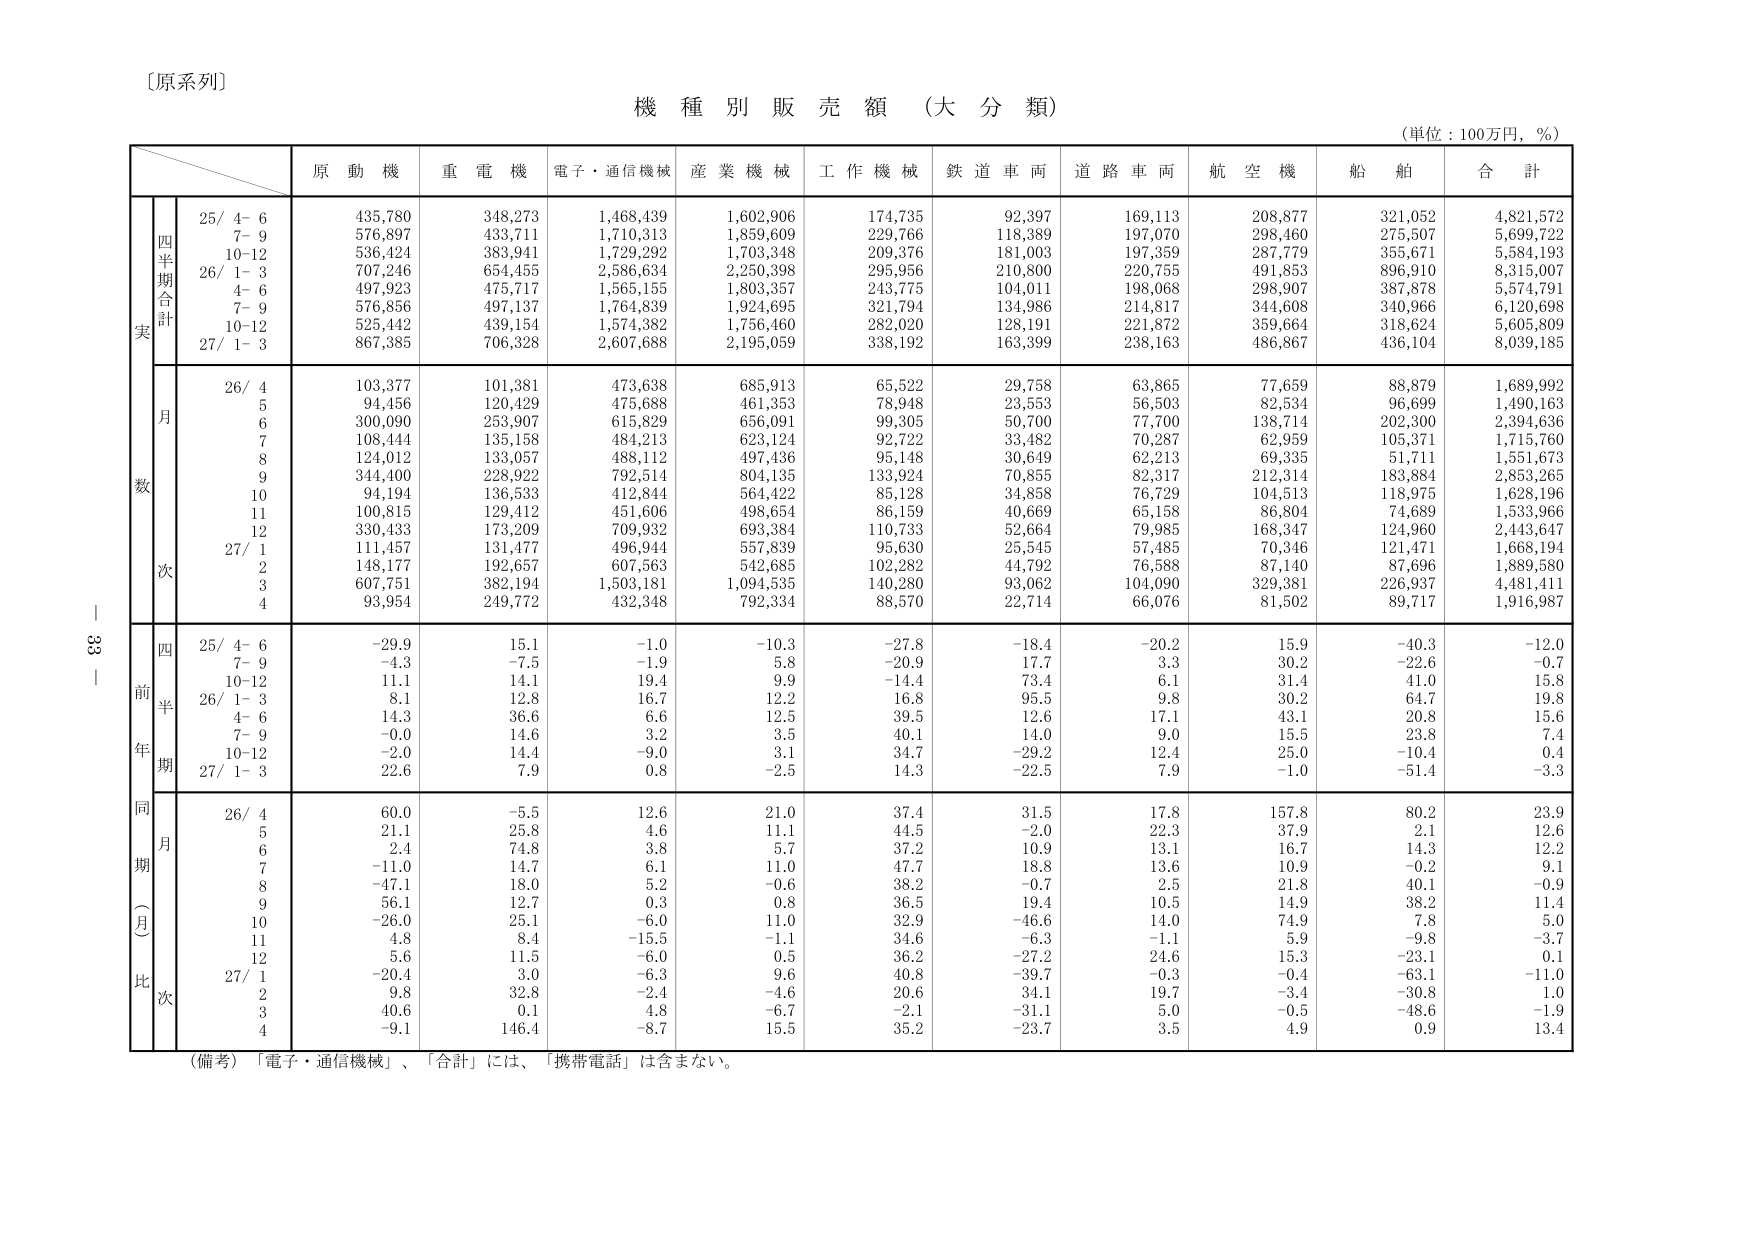
〔原系列〕

機 種 別 販 売 額 （大 分 類）

（単位：100万円，％）

　　　　　　　　　　原 動 機　　重 電 機　　電子・通信機械　　産 業 機 械　　工 作 機 械　　鉄 道 車 両　　道 路 車 両　　航 空 機　　船 舶　　合 計

　　　　　　　　　　25/ 4- 6　　435,780　　348,273　　1,468,439　　1,602,906　　174,735　　92,397　　169,113　　208,877　　321,052　　4,821,572
　　　　　　　　　　7- 9　　　　576,897　　433,711　　1,710,313　　1,859,609　　229,766　　118,389　　197,070　　298,460　　275,507　　5,699,722
　　　　　　　　　　10-12　　　　536,424　　383,941　　1,729,292　　1,703,348　　209,376　　181,003　　197,359　　287,779　　355,671　　5,584,193
　　　　　　　　　　26/ 1- 3　　707,246　　654,455　　2,586,634　　2,250,398　　295,956　　210,800　　220,755　　491,853　　896,910　　8,315,007
　　　　　　　　　　4- 6　　　　497,923　　475,717　　1,565,155　　1,803,357　　243,775　　104,011　　198,068　　298,907　　387,878　　5,574,791
　　　　　　　　　　7- 9　　　　576,856　　497,137　　1,764,839　　1,924,695　　321,794　　134,986　　214,817　　344,608　　340,966　　6,120,698
　　　　　　　　　　10-12　　　　525,442　　439,154　　1,574,382　　1,756,460　　282,020　　128,191　　221,872　　359,664　　318,624　　5,605,809
　　　　　　　　　　27/ 1- 3　　867,385　　706,328　　2,607,688　　2,195,059　　338,192　　163,399　　238,163　　486,867　　436,104　　8,039,185

　　　　　　　　　　26/ 4　　　　103,377　　101,381　　473,638　　685,913　　65,522　　29,758　　63,865　　77,659　　88,879　　1,689,992
　　　　　　　　　　5　　　　　　94,456　　120,429　　475,688　　461,353　　78,948　　23,553　　56,503　　82,534　　96,699　　1,490,163
　　　　　　　　　　6　　　　　　300,090　　253,907　　615,829　　656,091　　99,305　　50,700　　77,700　　138,714　　202,300　　2,394,636
　　　　　　　　　　7　　　　　　108,444　　135,158　　484,213　　623,124　　92,722　　33,482　　70,287　　62,959　　105,371　　1,715,760
　　　　　　　　　　8　　　　　　124,012　　133,057　　488,112　　497,436　　95,148　　30,649　　62,213　　69,335　　51,711　　1,551,673
　　　　　　　　　　9　　　　　　344,400　　228,922　　792,514　　804,135　　133,924　　70,855　　82,317　　212,314　　183,884　　2,853,265
　　　　　　　　　　10　　　　　　94,194　　136,533　　412,844　　564,422　　85,128　　34,858　　76,729　　104,513　　118,975　　1,628,196
　　　　　　　　　　11　　　　　　100,815　　129,412　　451,606　　498,654　　86,159　　40,669　　65,158　　86,804　　74,689　　1,533,966
　　　　　　　　　　12　　　　　　330,433　　173,209　　709,932　　693,384　　110,733　　52,664　　79,985　　168,347　　124,960　　2,443,647
　　　　　　　　　　27/ 1　　　　111,457　　131,477　　496,944　　557,839　　95,630　　25,545　　57,485　　70,346　　121,471　　1,668,194
　　　　　　　　　　2　　　　　　148,177　　192,657　　607,563　　542,685　　102,282　　44,792　　76,588　　87,140　　87,696　　1,889,580
　　　　　　　　　　3　　　　　　607,751　　382,194　　1,503,181　　1,094,535　　140,280　　93,062　　104,090　　329,381　　226,937　　4,481,411
　　　　　　　　　　4　　　　　　93,954　　249,772　　432,348　　792,334　　88,570　　22,714　　66,076　　81,502　　89,717　　1,916,987

　　　　　　　　　　25/ 4- 6　　　-29.9　　　15.1　　　-1.0　　　-10.3　　　-27.8　　　-18.4　　　-20.2　　　15.9　　　-40.3　　　-12.0
　　　　　　　　　　7- 9　　　　　-4.3　　　-7.5　　　-1.9　　　5.8　　　-20.9　　　17.7　　　3.3　　　30.2　　　-22.6　　　-0.7
　　　　　　　　　　10-12　　　　11.1　　　14.1　　　19.4　　　9.9　　　-14.4　　　73.4　　　6.1　　　31.4　　　41.0　　　15.8
　　　　　　　　　　26/ 1- 3　　　8.1　　　12.8　　　16.7　　　12.2　　　16.8　　　95.5　　　9.8　　　30.2　　　64.7　　　19.8
　　　　　　　　　　4- 6　　　　14.3　　　36.6　　　6.6　　　12.5　　　39.5　　　12.6　　　17.1　　　43.1　　　20.8　　　15.6
　　　　　　　　　　7- 9　　　　-0.0　　　14.6　　　3.2　　　3.5　　　40.1　　　14.0　　　9.0　　　15.5　　　23.8　　　7.4
　　　　　　　　　　10-12　　　　-2.0　　　14.4　　　-9.0　　　3.1　　　34.7　　　-29.2　　　12.4　　　25.0　　　-10.4　　　0.4
　　　　　　　　　　27/ 1- 3　　　22.6　　　7.9　　　0.8　　　-2.5　　　14.3　　　-22.5　　　7.9　　　-1.0　　　-51.4　　　-3.3

　　　　　　　　　　26/ 4　　　　60.0　　　-5.5　　　12.6　　　21.0　　　37.4　　　31.5　　　17.8　　　157.8　　　80.2　　　23.9
　　　　　　　　　　5　　　　　　21.1　　　25.8　　　4.6　　　11.1　　　44.5　　　-2.0　　　22.3　　　37.9　　　2.1　　　12.6
　　　　　　　　　　6　　　　　　2.4　　　74.8　　　3.8　　　5.7　　　37.2　　　10.9　　　13.1　　　16.7　　　14.3　　　12.2
　　　　　　　　　　7　　　　　　-11.0　　　14.7　　　6.1　　　11.0　　　47.7　　　18.8　　　13.6　　　10.9　　　-0.2　　　9.1
　　　　　　　　　　8　　　　　　-47.1　　　18.0　　　5.2　　　-0.6　　　38.2　　　-0.7　　　2.5　　　21.8　　　40.1　　　-0.9
　　　　　　　　　　9　　　　　　56.1　　　12.7　　　0.3　　　0.8　　　36.5　　　19.4　　　10.5　　　14.9　　　38.2　　　11.4
　　　　　　　　　　10　　　　　　-26.0　　　25.1　　　-6.0　　　11.0　　　32.9　　　-46.6　　　14.0　　　74.9　　　7.8　　　5.0
　　　　　　　　　　11　　　　　　4.8　　　8.4　　　-15.5　　　-1.1　　　34.6　　　-6.3　　　-1.1　　　5.9　　　-9.8　　　-3.7
　　　　　　　　　　12　　　　　　5.6　　　11.5　　　-6.0　　　0.5　　　36.2　　　-27.2　　　24.6　　　15.3　　　-23.1　　　0.1
　　　　　　　　　　27/ 1　　　　-20.4　　　3.0　　　-6.3　　　9.6　　　40.8　　　-39.7　　　-0.3　　　-0.4　　　-63.1　　　-11.0
　　　　　　　　　　2　　　　　　9.8　　　32.8　　　-2.4　　　-4.6　　　20.6　　　34.1　　　19.7　　　-3.4　　　-30.8　　　1.0
　　　　　　　　　　3　　　　　　40.6　　　0.1　　　4.8　　　-6.7　　　-2.1　　　-31.1　　　5.0　　　-0.5　　　-48.6　　　-1.9
　　　　　　　　　　4　　　　　　-9.1　　　146.4　　　-8.7　　　15.5　　　35.2　　　-23.7　　　3.5　　　4.9　　　0.9　　　13.4

（備考）「電子・通信機械」、「合計」には、「携帯電話」は含まない。

33｜